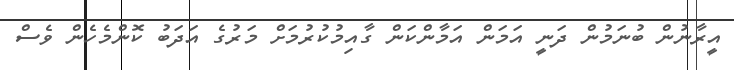
އީރާނުން ބުނަމުން ދަނީ އަމަން އަމާންކަން ގާއިމުކުރުމަށް މަރުގެ އަދަބު ކޮންމެހެން ވެސް